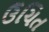
ઉચિત